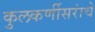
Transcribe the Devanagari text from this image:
कुलकर्णीसरांचे